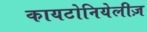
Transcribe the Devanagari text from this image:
कायटोनियेलीज़